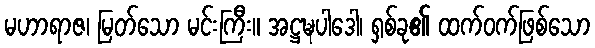
မဟာရာဇ၊ မြတ်သော မင်းကြီး။ အဋ္ဌဍ္ဎပါဒေါ၊ ရှစ်ခု၏ ထက်ဝက်ဖြစ်သော